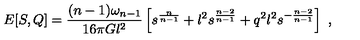
E [ S , Q ] = { \frac { ( n - 1 ) \omega _ { n - 1 } } { 1 6 \pi G l ^ { 2 } } } \left[ s ^ { \frac { n } { n - 1 } } + l ^ { 2 } s ^ { \frac { n - 2 } { n - 1 } } + q ^ { 2 } l ^ { 2 } s ^ { - { \frac { n - 2 } { n - 1 } } } \right] \ ,